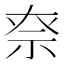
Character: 𥘾